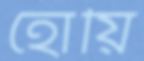
হোয়ি